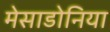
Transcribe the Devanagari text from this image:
मेसाडोनिया